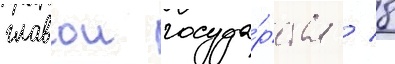
главои госуда́рства / 8